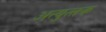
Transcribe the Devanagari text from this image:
अत्‍युत्‍तक